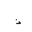
Letter: _thal